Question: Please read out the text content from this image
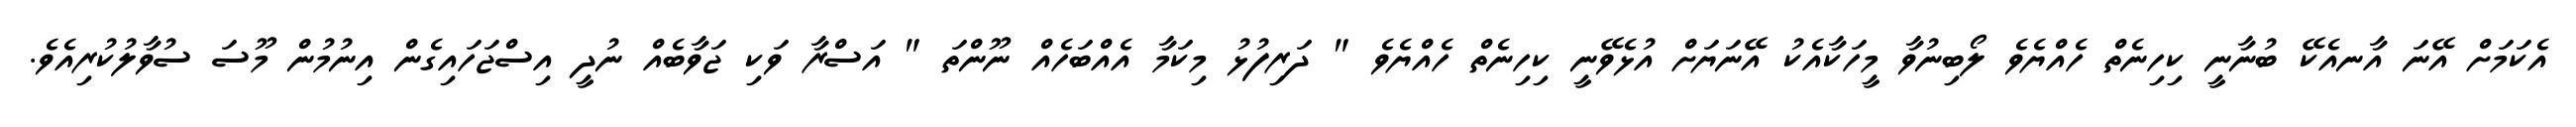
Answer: އެކަމަށް އޭނަ އާނއެކޭ ބުނާނީ ކިހިނެތް ހެއްޔެވެ ލޯބިނުވާ މީހަކާއެކު އޭނަޔަށް އުޅެވޭނީ ކިހިނެތް ހެއްޔެވެ " ދަރިފުޅު މިކަމާ އެއްބަހެއް ނޫންތަ " އަސްރާ ވަކި ޖަވާބެއް ނުދީ އިސްޖަހައިގެން އިނުމުން މޫސަ ސުވާލުކުރިއެވެ.